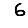
Digit: 6